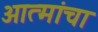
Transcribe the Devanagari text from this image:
आत्मांचा